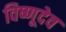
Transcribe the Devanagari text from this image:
विष्णूदेव